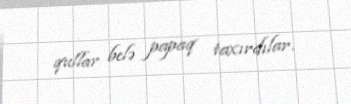
qullar belə papaq taxırdılar.